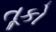
તૂકો